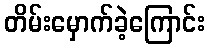
တိမ်းမှောက်ခဲ့ကြောင်း